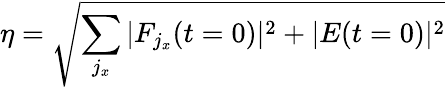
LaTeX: \eta=\sqrt{\sum_{j_{x}}|F_{j_{x}}(t=0)|^{2}+|E(t=0)|^{2}}